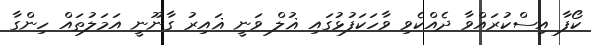
ކޯފާ އިސްކުރައްވާ ދެއްކެވި ވާހަކަފުޅުގައި ޣުލް ވަނީ ޣައިރު ގާނޫނީ އަމަލުތައް ހިންގާ